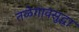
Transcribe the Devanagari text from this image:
तळेगावसुद्धा